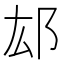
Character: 𨙿